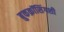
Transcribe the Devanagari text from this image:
बुकक्रॉसिंगशी